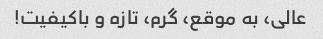
عالی، به موقع، گرم، تازه و باکیفیت!